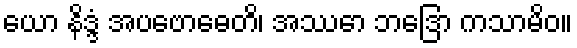
ယော နိဒ္ဒံ အပဗောဓေတိ၊ အဿော ဘဒြော ကသာမိဝ။